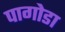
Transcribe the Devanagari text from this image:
पागोडा